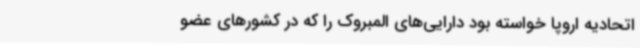
اتحادیه اروپا خواسته بود دارایی‌های المبروک را که در کشورهای عضو